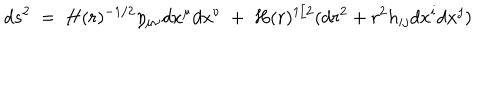
d s ^ { 2 } ~ = ~ H ( r ) ^ { - 1 / 2 } \eta _ { \mu \nu } d x ^ { \mu } d x ^ { \nu } ~ + ~ H ( r ) ^ { 1 / 2 } ( d r ^ { 2 } + r ^ { 2 } h _ { i j } d x ^ { i } d x ^ { j } )